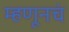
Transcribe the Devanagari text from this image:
म्हणूनचं